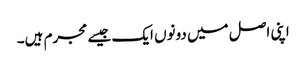
اپنی اصل میں دونوں ایک جیسے مجرم ہیں۔